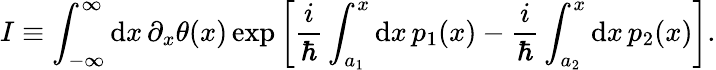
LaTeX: I\equiv\int_{-\infty}^{\infty}\mathrm{d}x\, \partial_{x}\theta(x)\exp\left[{\frac{{i}}{{\hbar}}}\int_{a_{1}}^{x}\mathrm{d}x\, p_{1}(x)-{\frac{{i}}{{\hbar}}}\int_{a_{2}}^{x}\mathrm{d}x\, p_{2}(x)\right].